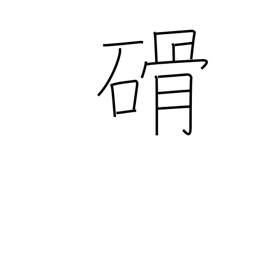
Meaning: stone implement